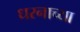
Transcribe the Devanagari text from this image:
धरनाच्या